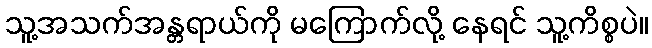
သူ့အသက်အန္တရာယ်ကို မကြောက်လို့ နေရင် သူ့ကိစ္စပဲ။